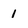
Character: 1